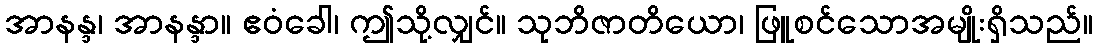
အာနန္ဒ၊ အာနန္ဒာ။ ဧဝံခေါ၊ ဤသို့လျှင်။ သုဘိဇာတိယော၊ ဖြူစင်သောအမျိုးရှိသည်။